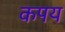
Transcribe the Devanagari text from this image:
कपय